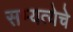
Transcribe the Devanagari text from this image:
सभ्यत्येचे